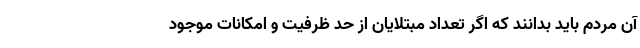
آن مردم باید بدانند که اگر تعداد مبتلایان از حد ظرفیت و امکانات موجود